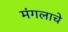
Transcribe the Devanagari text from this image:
मंगलाचे